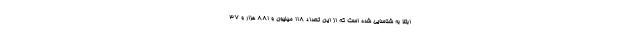
ابتلا به شناسایی شده است که از این تعداد ۱۱۸ میلیون و ۸۸۱ هزار و ۳۷